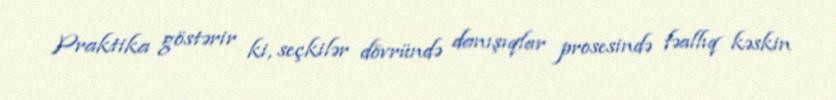
Praktika göstərir ki, seçkilər dövründə danışıqlar prosesində fəallıq kəskin